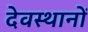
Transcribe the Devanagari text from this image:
देवस्‍थानों